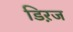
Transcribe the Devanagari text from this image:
डिऱज